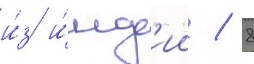
и́з и́нд'ии / 8